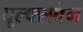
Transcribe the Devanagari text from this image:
वूल्फ्सबेन